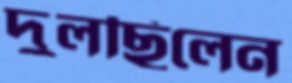
দুলছিলেন